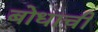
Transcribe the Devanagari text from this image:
बोधाची